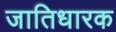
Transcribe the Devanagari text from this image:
जातिधारक